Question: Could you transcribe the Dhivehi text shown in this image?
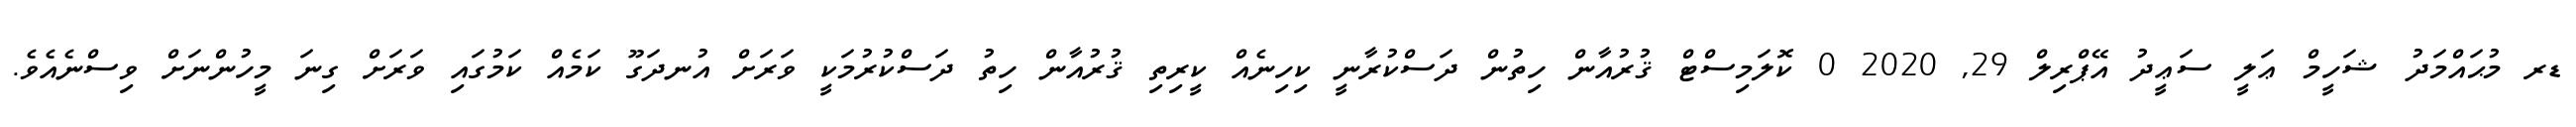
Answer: ޑރ މުޙައްމަދު ޝަހީމް ޢަލީ ސަޢީދު އޭޕްރިލް 29, 2020 0 ކޮލަމިސްޓް ޤުރުއާން ހިތުން ދަސްކުރާނީ ކިހިނެއް ކީރިތި ޤުރުއާން ހިތު ދަސްކުރުމަކީ ވަރަށް އުނދަގޫ ކަމެއް ކަމުގައި ވަރަށް ގިނަ މީހުންނަށް ވިސްނެއެވެ.